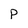
Character: P